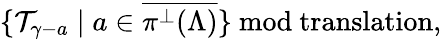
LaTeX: \{ {\cal T}_{\gamma-a}\mid a\in\overline{{{\pi^{\perp}(\Lambda)}}}\} \mathrm{\ mod~translation},